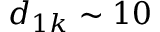
d _ { 1 k } \sim 1 0